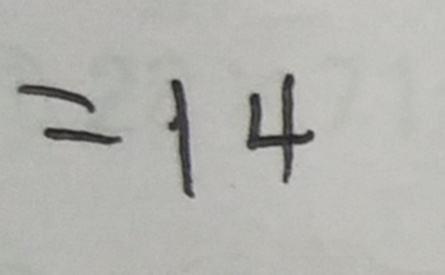
= 1 4